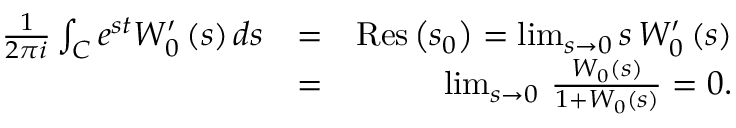
\begin{array} { r l r } { \frac { 1 } { 2 \pi i } \int _ { C } e ^ { s t } W _ { 0 } ^ { \prime } \left( s \right) d s } & { = } & { \mathrm { R e s } \left( s _ { 0 } \right) = \operatorname* { l i m } _ { s \rightarrow 0 } s \, W _ { 0 } ^ { \prime } \left( s \right) } \\ & { = } & { \operatorname* { l i m } _ { s \rightarrow 0 } \, \frac { W _ { 0 } \left( s \right) } { 1 + W _ { 0 } \left( s \right) } = 0 . } \end{array}